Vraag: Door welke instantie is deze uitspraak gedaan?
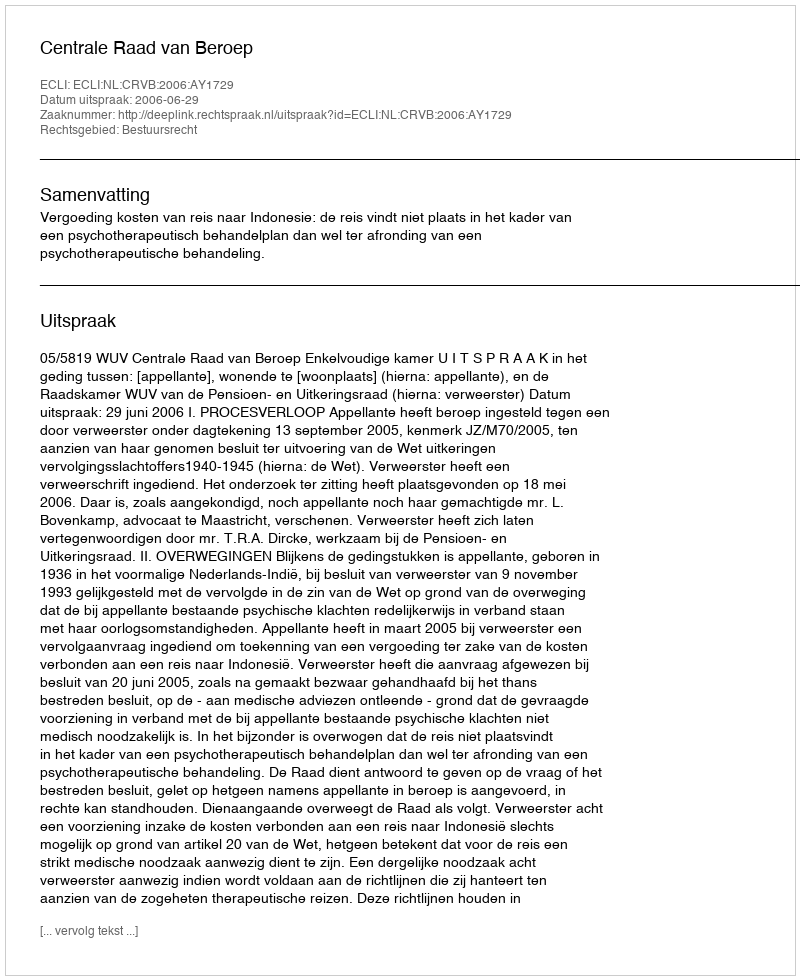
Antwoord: Centrale Raad van Beroep